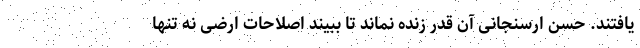
یافتند. حسن ارسنجانی آن قدر زنده نماند تا ببیند اصلاحات ارضی نه تنها